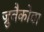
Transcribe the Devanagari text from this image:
ज्रुबैकोवा